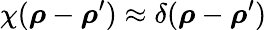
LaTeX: \chi(\boldsymbol{\rho}-\boldsymbol{\rho}^{\prime})\approx\delta(\boldsymbol{\rho}-\boldsymbol{\rho}^{\prime})